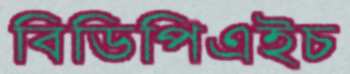
বিডিপিএইচ